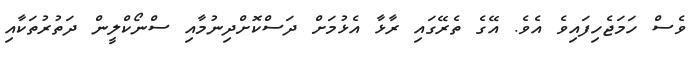
ވެސް ހަމަޖެހިފައިވެ އެވެ. އޭގެ ތެރޭގައި ރާޅާ އެޅުމަށް ދަސްކޮށްދިނުމާއި ސްނޯކްލީން ދަތުރުތަކާއި